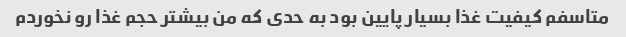
متاسفم کیفیت غذا بسیار پایین بود به حدی که من بیشتر حجم غذا رو نخوردم